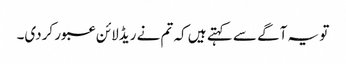
تو یہ آگے سے کہتے ہیں کہ تم نے ریڈلائن عبور کردی۔